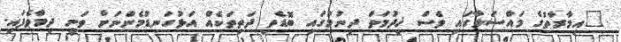
"އިމާރާތުގެ މައްސަލާގައި ވެސް ޚިދުމަތް ދިނުމުގައި ބޮޑެތި ދަތިތަކެއް އަޅުގަނޑުމެންނަށް ވަނީ ދިމާވެފައި.